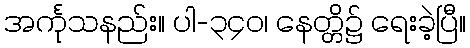
အင်္ကုသနည်း။ ပါ-၃၄၀၊ နေတ္တိ၌ ရေးခဲ့ပြီ။